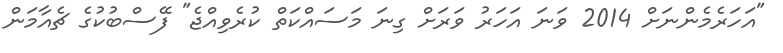
"އަހަރެމެންނަށް 2014 ވަނަ އަހަރު ވަރަށް ގިނަ މަސައްކަތް ކުރެވިއްޖެ" ފޭސްބުކުގެ ޗެއާމަން